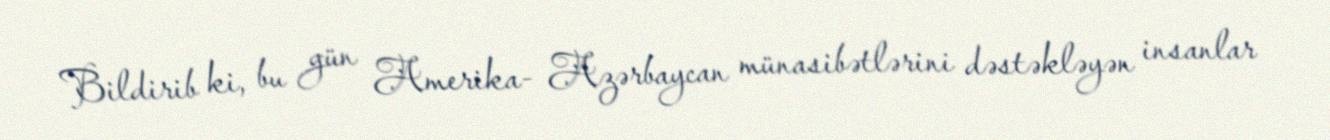
Bildirib ki, bu gün Amerika- Azərbaycan münasibətlərini dəstəkləyən insanlar